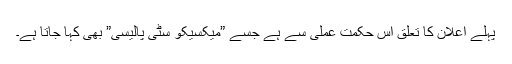
پہلے اعلان کا تعلق اس حکمت عملی سے ہے جسے ”میکسیکو سٹی پالیسی” بھی کہا جاتا ہے۔